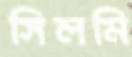
সিলমি